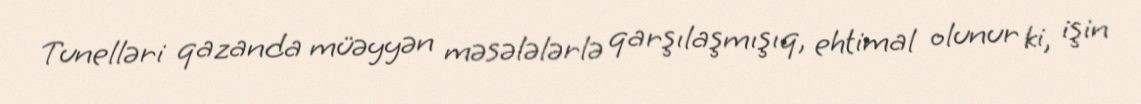
Tunelləri qazanda müəyyən məsələlərlə qarşılaşmışıq, ehtimal olunur ki, işin